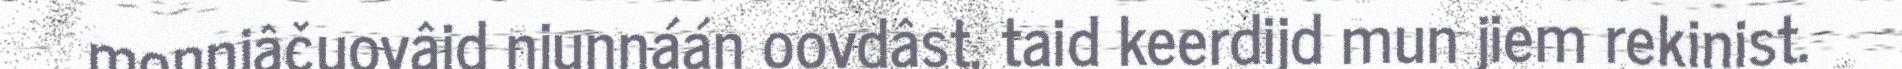
monnjâčuovâid njunnáán oovdâst, taid keerdijd mun jiem rekinist.